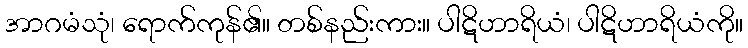
အာဂမံသုံ၊ ရောက်ကုန်၏။ တစ်နည်းကား။ ပါဋိဟာရိယံ၊ ပါဋိဟာရိယံကို။